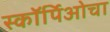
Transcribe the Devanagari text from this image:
स्कॉर्पिओचा